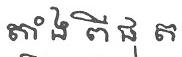
តាំង ពី ផុ ត